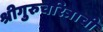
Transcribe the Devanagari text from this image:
श्रीगुरुचरित्राची